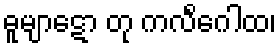
ဓူမျာဋော တု ကလိင်္ဂေါထ၊